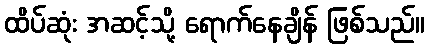
ထိပ်ဆုံး အဆင့်သို့ ရောက်နေချိန် ဖြစ်သည်။